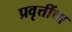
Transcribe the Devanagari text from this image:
प्रवृत्तींचा